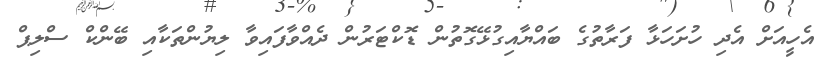
އެހީއަށް އެދި ހުށަހަޅާ ފަރާތުގެ ބައްޔާއިގުޅޭގޮތުން ޑޮކްޓަރުން ދެއްވާފައިވާ ލިޔުންތަކާއި ބޭންކް ސްލިޕް